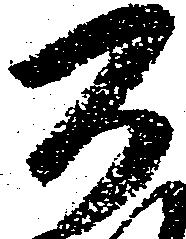
百